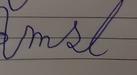
Signature authenticity: forged